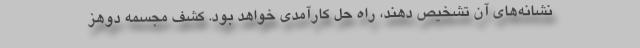
نشانه‌های آن تشخیص دهند، راه حل کارآمدی خواهد بود. کشف مجسمه دوهز